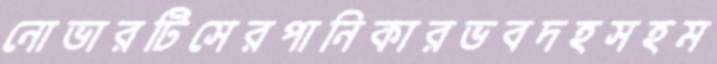
নোভারটিসেরপানিকারভবদহসহম